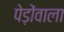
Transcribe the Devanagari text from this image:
पेड़ोंवाला